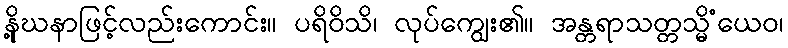
နို့ဃနာဖြင့်လည်းကောင်း။ ပရိဝိသိ၊ လုပ်ကျွေး၏။ အန္တရာသတ္တသ္မိံယေဝ၊